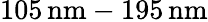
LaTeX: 105\, \textrm{nm}-195\, \textrm{nm}